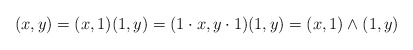
\begin{align*}(x,y)=(x,1)(1,y)=(1\cdot x,y\cdot 1)(1,y)=(x,1)\wedge(1,y)\end{align*}